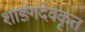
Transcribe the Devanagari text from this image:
शार्ङ्गदेवकृत